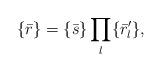
LaTeX: \begin{align*}\{\bar{r}\}=\{\bar{s}\}\prod_l\{\bar{r}_l'\},\end{align*}